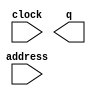
// megafunction wizard: %ROM: 1-PORT%VBB%
// GENERATION: STANDARD
// VERSION: WM1.0
// MODULE: altsyncram 

// ============================================================
// Megafunction Name(s):
// 			altsyncram
//
// Simulation Library Files(s):
// 			altera_mf
// ============================================================
// ************************************************************
// THIS IS A WIZARD-GENERATED FILE. DO NOT EDIT THIS FILE!
//
// 13.1.1 Build 166 11/26/2013 SJ Full Version
// ************************************************************

//Copyright (C) 1991-2013 Altera Corporation
//Your use of Altera Corporation's design tools, logic functions 
//and other software and tools, and its AMPP partner logic 
//functions, and any output files from any of the foregoing 
//(including device programming or simulation files), and any 
//associated documentation or information are expressly subject 
//to the terms and conditions of the Altera Program License 
//Subscription Agreement, Altera MegaCore Function License 
//Agreement, or other applicable license agreement, including, 
//without limitation, that your use is for the sole purpose of 
//programming logic devices manufactured by Altera and sold by 
//Altera or its authorized distributors.  Please refer to the 
//applicable agreement for further details.

module pass_new (
	address,
	clock,
	q);

	input	[11:0]  address;
	input	  clock;
	output	[11:0]  q;
`ifndef ALTERA_RESERVED_QIS
// synopsys translate_off
`endif
	tri1	  clock;
`ifndef ALTERA_RESERVED_QIS
// synopsys translate_on
`endif

endmodule

// ============================================================
// CNX file retrieval info
// ============================================================
// Retrieval info: PRIVATE: ADDRESSSTALL_A NUMERIC "0"
// Retrieval info: PRIVATE: AclrAddr NUMERIC "0"
// Retrieval info: PRIVATE: AclrByte NUMERIC "0"
// Retrieval info: PRIVATE: AclrOutput NUMERIC "0"
// Retrieval info: PRIVATE: BYTE_ENABLE NUMERIC "0"
// Retrieval info: PRIVATE: BYTE_SIZE NUMERIC "8"
// Retrieval info: PRIVATE: BlankMemory NUMERIC "0"
// Retrieval info: PRIVATE: CLOCK_ENABLE_INPUT_A NUMERIC "0"
// Retrieval info: PRIVATE: CLOCK_ENABLE_OUTPUT_A NUMERIC "0"
// Retrieval info: PRIVATE: Clken NUMERIC "0"
// Retrieval info: PRIVATE: IMPLEMENT_IN_LES NUMERIC "0"
// Retrieval info: PRIVATE: INIT_FILE_LAYOUT STRING "PORT_A"
// Retrieval info: PRIVATE: INIT_TO_SIM_X NUMERIC "0"
// Retrieval info: PRIVATE: INTENDED_DEVICE_FAMILY STRING "Cyclone V"
// Retrieval info: PRIVATE: JTAG_ENABLED NUMERIC "0"
// Retrieval info: PRIVATE: JTAG_ID STRING "NONE"
// Retrieval info: PRIVATE: MAXIMUM_DEPTH NUMERIC "0"
// Retrieval info: PRIVATE: MIFfilename STRING "../sprites-new/pass_new.mif"
// Retrieval info: PRIVATE: NUMWORDS_A NUMERIC "4096"
// Retrieval info: PRIVATE: RAM_BLOCK_TYPE NUMERIC "0"
// Retrieval info: PRIVATE: RegAddr NUMERIC "1"
// Retrieval info: PRIVATE: RegOutput NUMERIC "0"
// Retrieval info: PRIVATE: SYNTH_WRAPPER_GEN_POSTFIX STRING "0"
// Retrieval info: PRIVATE: SingleClock NUMERIC "1"
// Retrieval info: PRIVATE: UseDQRAM NUMERIC "0"
// Retrieval info: PRIVATE: WidthAddr NUMERIC "12"
// Retrieval info: PRIVATE: WidthData NUMERIC "12"
// Retrieval info: PRIVATE: rden NUMERIC "0"
// Retrieval info: LIBRARY: altera_mf altera_mf.altera_mf_components.all
// Retrieval info: CONSTANT: ADDRESS_ACLR_A STRING "NONE"
// Retrieval info: CONSTANT: CLOCK_ENABLE_INPUT_A STRING "BYPASS"
// Retrieval info: CONSTANT: CLOCK_ENABLE_OUTPUT_A STRING "BYPASS"
// Retrieval info: CONSTANT: INIT_FILE STRING "../sprites-new/pass_new.mif"
// Retrieval info: CONSTANT: INTENDED_DEVICE_FAMILY STRING "Cyclone V"
// Retrieval info: CONSTANT: LPM_HINT STRING "ENABLE_RUNTIME_MOD=NO"
// Retrieval info: CONSTANT: LPM_TYPE STRING "altsyncram"
// Retrieval info: CONSTANT: NUMWORDS_A NUMERIC "4096"
// Retrieval info: CONSTANT: OPERATION_MODE STRING "ROM"
// Retrieval info: CONSTANT: OUTDATA_ACLR_A STRING "NONE"
// Retrieval info: CONSTANT: OUTDATA_REG_A STRING "UNREGISTERED"
// Retrieval info: CONSTANT: WIDTHAD_A NUMERIC "12"
// Retrieval info: CONSTANT: WIDTH_A NUMERIC "12"
// Retrieval info: CONSTANT: WIDTH_BYTEENA_A NUMERIC "1"
// Retrieval info: USED_PORT: address 0 0 12 0 INPUT NODEFVAL "address[11..0]"
// Retrieval info: USED_PORT: clock 0 0 0 0 INPUT VCC "clock"
// Retrieval info: USED_PORT: q 0 0 12 0 OUTPUT NODEFVAL "q[11..0]"
// Retrieval info: CONNECT: @address_a 0 0 12 0 address 0 0 12 0
// Retrieval info: CONNECT: @clock0 0 0 0 0 clock 0 0 0 0
// Retrieval info: CONNECT: q 0 0 12 0 @q_a 0 0 12 0
// Retrieval info: GEN_FILE: TYPE_NORMAL pass_new.v TRUE
// Retrieval info: GEN_FILE: TYPE_NORMAL pass_new.inc FALSE
// Retrieval info: GEN_FILE: TYPE_NORMAL pass_new.cmp FALSE
// Retrieval info: GEN_FILE: TYPE_NORMAL pass_new.bsf FALSE
// Retrieval info: GEN_FILE: TYPE_NORMAL pass_new_inst.v FALSE
// Retrieval info: GEN_FILE: TYPE_NORMAL pass_new_bb.v TRUE
// Retrieval info: LIB_FILE: altera_mf